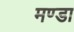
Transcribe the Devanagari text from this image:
मण्डा